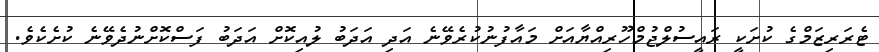
ޓެރަރިޒަމްގެ ކުށަކީ ރައީސުލްޖުމްހޫރިއްޔާއަށް މައާފުނުކުރެވޭނެ އަދި އަދަބު ލުއިކޮށް އަދަބު ފަސްކޮށްނުދެވޭނެ ކުށެކެވެ.